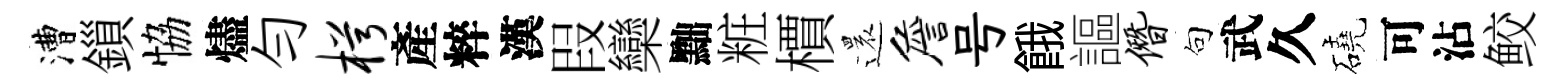
漕鎻恊燼勻枵產粹漢叚欒黜粧檟還詹号餓謳僭句武久磽可沾鲛